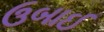
ઉબાઈ